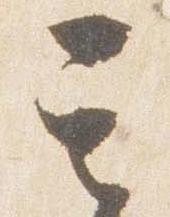
其